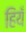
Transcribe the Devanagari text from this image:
हियँ